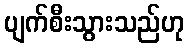
ပျက်စီးသွားသည်ဟု